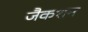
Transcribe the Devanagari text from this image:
जैकशन